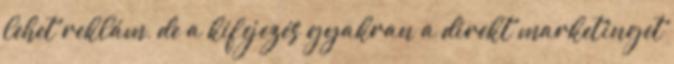
lehet reklám, de a kifejezés gyakran a direkt marketinget